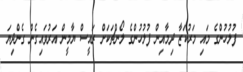
ފުލުހުންގެ މައި މަރުކަޒާ ދިމާއިން ފުލުހުންގެ ލޯންޗަކަށް ރައީސް ޔާމީން އަރުވައިގެން ގެންދިޔަ